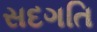
સદગતિ